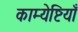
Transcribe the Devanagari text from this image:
काम्येष्टियाँ